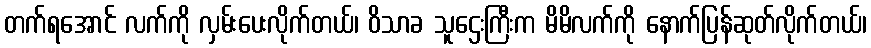
တက်ရအောင် လက်ကို လှမ်းပေးလိုက်တယ်၊ ဝိသာခ သူဌေးကြီးက မိမိလက်ကို နောက်ပြန်ဆုတ်လိုက်တယ်၊